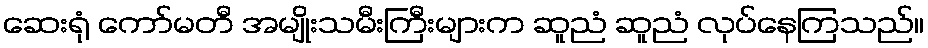
ဆေးရုံ ကော်မတီ အမျိုးသမီးကြီးများက ဆူညံ ဆူညံ လုပ်နေကြသည်။